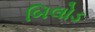
બિલોડ